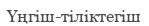
Үңгіш-тіліктегіш